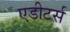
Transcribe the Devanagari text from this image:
एडीटर्स